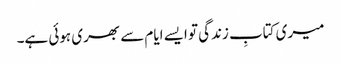
میری کتابِ زندگی تو ایسے ایام سے بھری ہوئی ہے۔